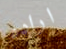
اراده